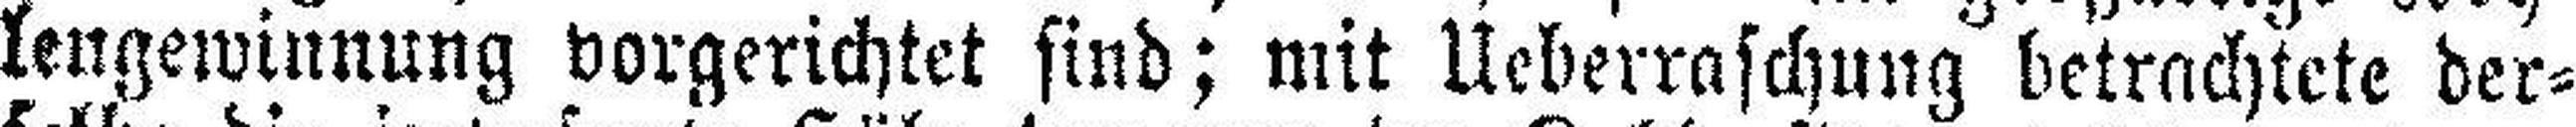
lengewinnung vorgerichtet sind; mit Ueberraschung betrachtete der¬